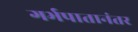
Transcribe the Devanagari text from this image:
गर्भपातानंतर